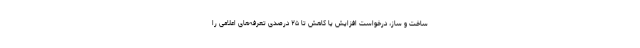
ساخت و ساز، درخواست افزایش یا کاهش تا ۲۵ درصدی تعرفه‌های اعلامی را